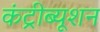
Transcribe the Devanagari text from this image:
कंट्रीब्यूशन